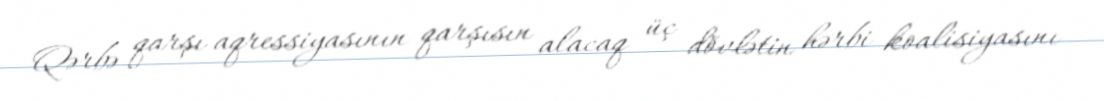
Qərbə qarşı aqressiyasının qarşısın alacaq üç dövlətin hərbi koalisiyasını